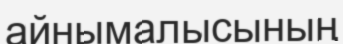
айнымалысының